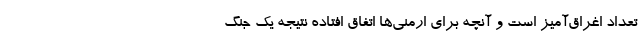
تعداد اغراق‌آمیز است و آنچه برای ارمنی‌ها اتفاق افتاده نتیجه یک جنگ